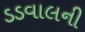
ડડવાલની